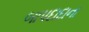
બાપદાદાના